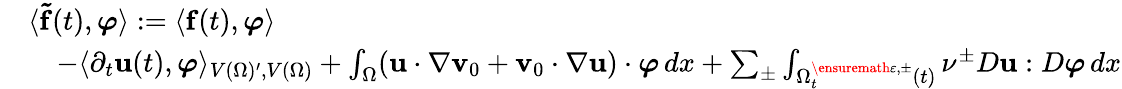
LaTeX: \begin{array}{rl}&{\langle\mathbf{\tilde{f}}(t),\boldsymbol\varphi\rangle:=\langle\mathbf{f}(t),\boldsymbol\varphi\rangle}\\ &{\quad-\langle\partial_{t}\mathbf{u}(t),\boldsymbol{\varphi}\rangle_{V(\Omega)^{\prime},V(\Omega)}+\int_{\Omega}(\mathbf{u}\cdot\nabla\mathbf{v}_{0}+\mathbf{v}_{0}\cdot\nabla\mathbf{u})\cdot\boldsymbol{\varphi}\, dx+\sum_{\pm}\int_{\Omega_{t}^{\ensuremath{\varepsilon},\pm}(t)}\nu^{\pm}D\mathbf{u}:D\boldsymbol{\varphi}\, dx}\end{array}